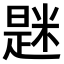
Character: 𫃆